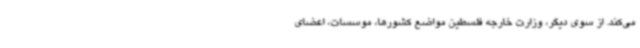
می‌کند. از سوی دیگر، وزارت خارجه فلسطین مواضع کشورها، موسسات، اعضای